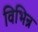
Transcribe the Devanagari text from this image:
विभिन्र